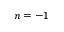
n = - 1